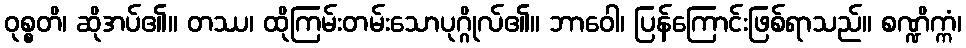
ဝုစ္စတိ၊ ဆိုအပ်၏။ တဿ၊ ထိုကြမ်းတမ်းသောပုဂ္ဂိုလ်၏။ ဘာဝေါ၊ ပြန်ကြောင်းဖြစ်ရာသည်။ စဏ္ဍိက္ကံ၊